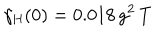
\gamma _ { \mathrm { H } } ( 0 ) = 0 . 0 1 8 \, g ^ { 2 } \, T